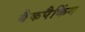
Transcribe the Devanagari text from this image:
बैकपैकिंग